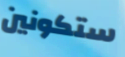
ستكونين